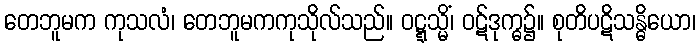
တေဘူမက ကုသလံ၊ တေဘူမကကုသိုလ်သည်။ ဝဋ္ဋသ္မိံ၊ ဝဋ်ဒုက္ဓ၌။ စုတိပဋိသန္ဓိယော၊